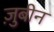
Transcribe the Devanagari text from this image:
ज़ुबीन